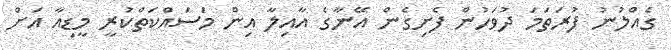
ގެއްލުނު ފުރަތަމަ ދުވަހުން ފެށިގެން އޭނާގެ އާއިލާ އިން މަސައްކަތްކުރީ މީޑިއާ އަށް